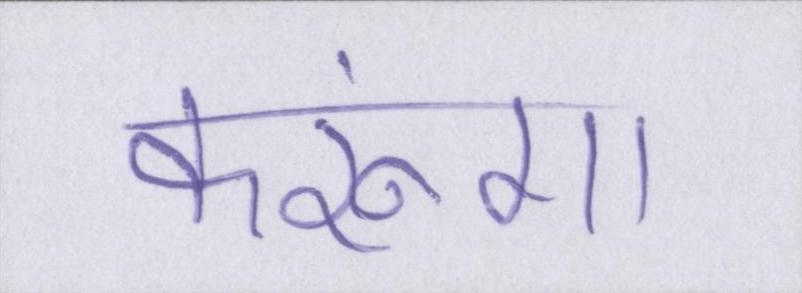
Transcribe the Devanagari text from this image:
करूंगा